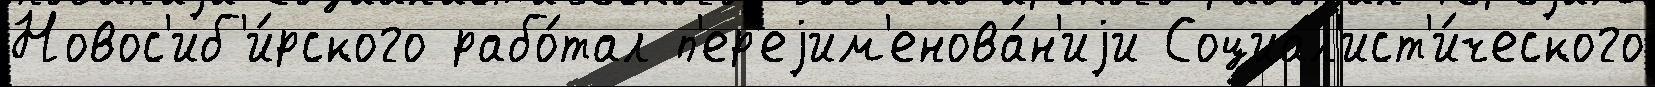
Новос'иб'и́рского рабо́тал п'ер'еjим'енова́н'иjи Социал'ист'и́ческого